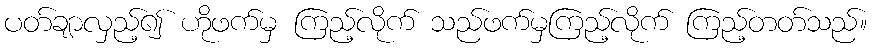
ပတ်ချာလှည့်၍ ဟိုဖက်မှ ကြည့်လိုက် သည်ဖက်မှကြည့်လိုက် ကြည့်တတ်သည်။